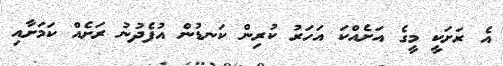
އެ ރަށަކީ މީގެ އަށެއްކަ އަހަރު ކުރިން ކަނޑުން އުފެދުނު ރަށެއް ކަމަށާއި